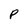
Character: P